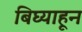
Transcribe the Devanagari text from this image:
बिघ्याहून